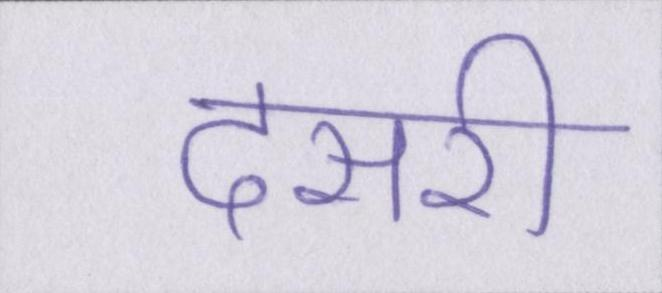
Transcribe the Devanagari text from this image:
दसरी